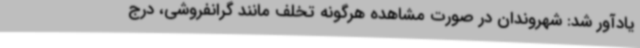
یادآور شد: شهروندان در صورت مشاهده هرگونه تخلف مانند گرانفروشی، درج